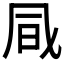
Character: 𠙊